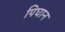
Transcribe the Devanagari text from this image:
पिघान